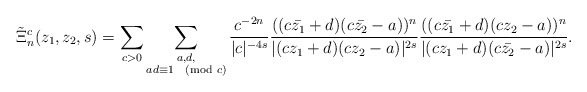
\begin{align*}\tilde{\Xi}_n^{c}(z_1,z_2, s)=\sum_{c> 0}\sum_{\substack{a,d,\\ad \equiv 1 \pmod c}}\frac{c^{-2n}}{|c|^{-4s}}\frac{((c\bar{z_1}+d)(c\bar{z_2}-a))^n}{|(cz_1+d)(cz_2-a)|^{2s}}\frac{((c\bar{z_1}+d)(cz_2-a))^n}{|(cz_1+d)(c\bar{z_2}-a)|^{2s}}. \end{align*}